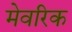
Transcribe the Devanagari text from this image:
मेवरिक